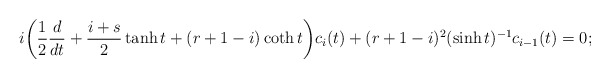
\begin{align*}i\bigg(\frac{1}{2}\frac{d}{dt}+\frac{i+s}{2}\tanh t +(r+1-i)\coth t\bigg)c_i(t)+(r+1-i)^2(\sinh t)^{-1}c_{i-1}(t)=0;\end{align*}